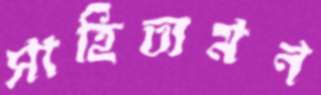
সাহিত্যমন